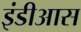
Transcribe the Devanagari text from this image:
इंडीआस